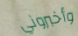
وأخبروني